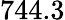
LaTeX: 744.3